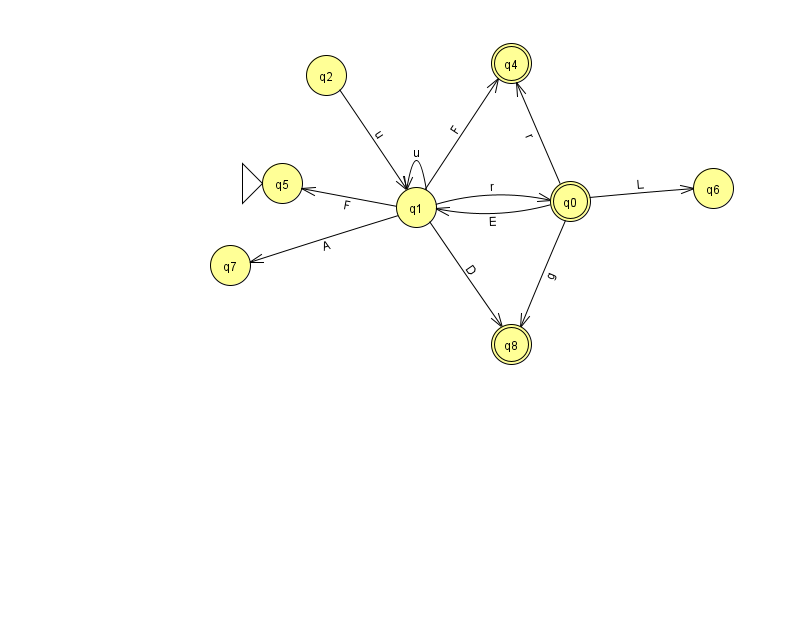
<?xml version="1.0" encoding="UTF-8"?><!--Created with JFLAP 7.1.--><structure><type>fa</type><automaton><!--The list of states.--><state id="0" name="q0"><x>570.0</x><y>188.0</y><final/></state><state id="1" name="q1"><x>416.0</x><y>194.0</y></state><state id="2" name="q2"><x>326.0</x><y>62.0</y></state><state id="4" name="q4"><x>511.0</x><y>50.0</y><final/></state><state id="5" name="q5"><x>282.0</x><y>170.0</y><initial/></state><state id="6" name="q6"><x>713.0</x><y>175.0</y></state><state id="7" name="q7"><x>230.0</x><y>252.0</y></state><state id="8" name="q8"><x>511.0</x><y>331.0</y><final/></state><!--The list of transitions.--><transition><from>0</from><to>8</to><read>g</read></transition><transition><from>0</from><to>1</to><read>E</read></transition><transition><from>1</from><to>0</to><read>r</read></transition><transition><from>1</from><to>8</to><read>D</read></transition><transition><from>1</from><to>1</to><read>u</read></transition><transition><from>1</from><to>4</to><read>F</read></transition><transition><from>0</from><to>6</to><read>L</read></transition><transition><from>2</from><to>1</to><read>u</read></transition><transition><from>0</from><to>4</to><read>r</read></transition><transition><from>1</from><to>7</to><read>A</read></transition><transition><from>1</from><to>5</to><read>F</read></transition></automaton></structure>